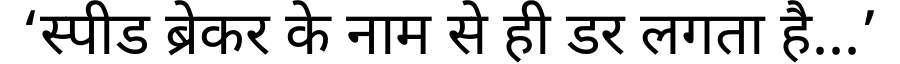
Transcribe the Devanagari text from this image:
‘स्पीड ब्रेकर के नाम से ही डर लगता है...’